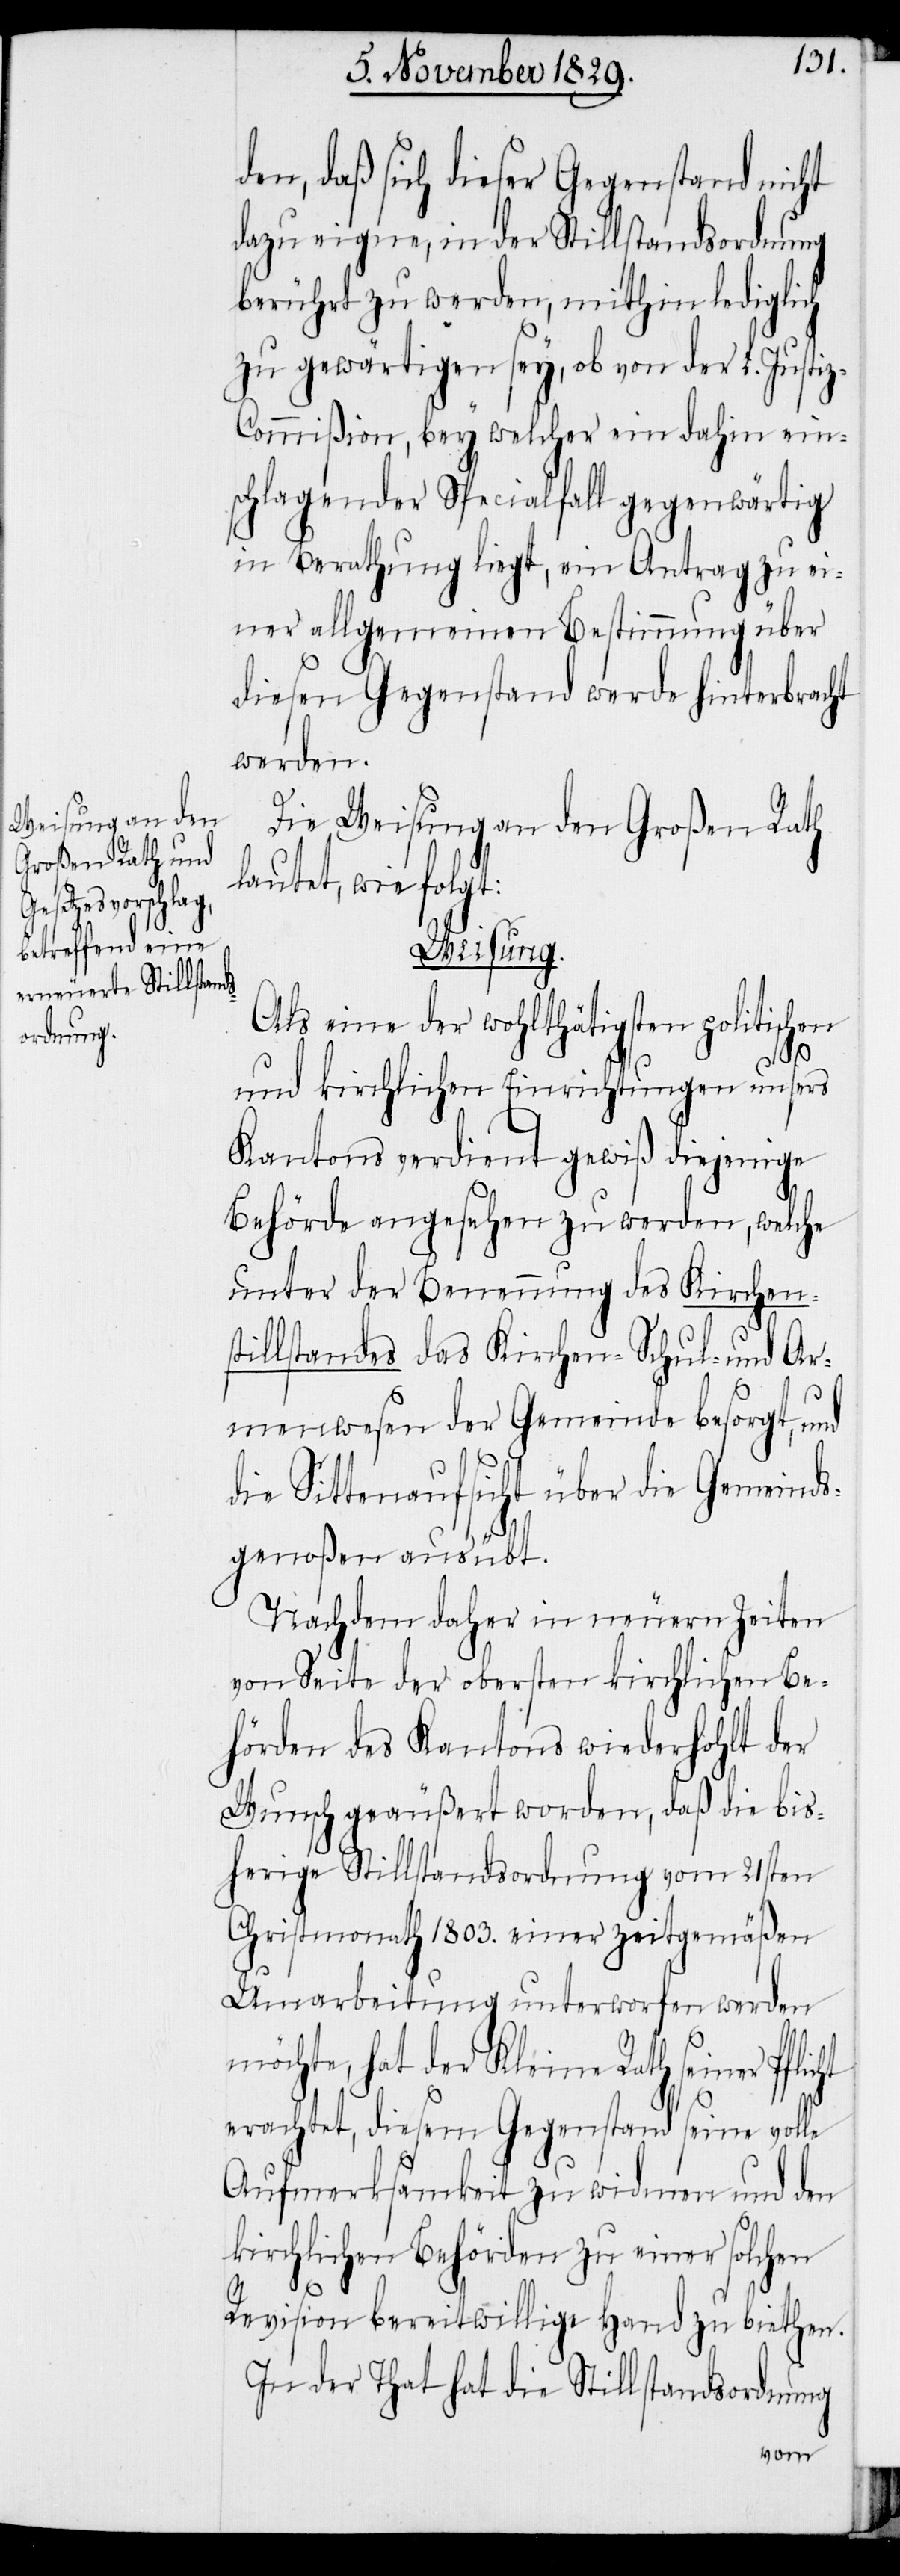
den, daß sich dieser Gegenstand nicht
dazu eigne, in der Stillstandsordnung
berührt zu werden, mithin lediglich
zu gewärtigen sey, ob von der L. Justi¬
z-Commißion, bey welcher ein dahin ein¬
schlagender Specialfall gegenwärtig
in Berathung liegt, ein Antrag zu ei¬
ner allgemeinen Bestimmung über
diesen Gegenstand werde hinterbracht
werden.
Die Weisung an den Großen Rath
lautet, wie folgt:
Weisung.
Als eine der wohlthätigsten politischen
und kirchlichen Einrichtungen unsers
Kantons verdient gewiß diejenige
Behörde angesehen zu werden, welche
unter der Benennung des Kirchens¬
tillstandes das Kirchen- Schul- und Ar¬
menwesen der Gemeinde besorgt, und
die Sittenaufsicht über die Gemeinds¬
genoßen ausübt.
Nachdem daher in neuern Zeiten
von Seite der obersten kirchlichen Be¬
hörden des Kantons wiederhohlt der
Wunsch geäußert worden, daß die bis¬
herige Stillstandsordnung vom 21sten
Christmonath 1803. einer zeitgemäßen
Umarbeitung unterworfen werden
möchte, diesem Gegenstand seine volle
Aufmerksamkeit zu widmen und den
kirchlichen Behörden zu einer solchen
Revision bereitwillige Hand zu biethen.
In der That hat die Stillstandsordnung